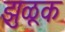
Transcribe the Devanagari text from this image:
झुळूक